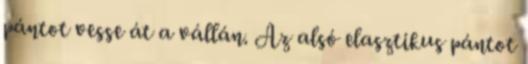
pántot vesse át a vállán. Az alsó elasztikus pántot